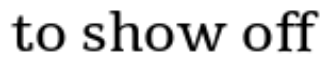
to show off